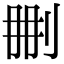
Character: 𠛹